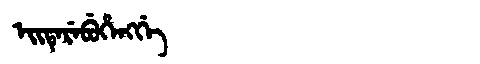
Manchu: ᡝᡳᡨᡝᡵᡝᠪᡠᡥᡝᠩᡤᡝ
Romanization: EITEREBUHENGGE